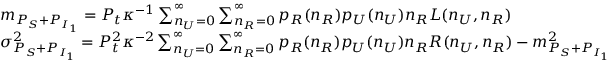
\begin{array} { r l } & { m _ { P _ { S } + P _ { I _ { 1 } } } = P _ { t } \kappa ^ { - 1 } \sum _ { n _ { U } = 0 } ^ { \infty } \sum _ { n _ { R } = 0 } ^ { \infty } p _ { R } ( n _ { R } ) p _ { U } ( n _ { U } ) n _ { R } L ( n _ { U } , n _ { R } ) } \\ & { \sigma _ { P _ { S } + P _ { I _ { 1 } } } ^ { 2 } = P _ { t } ^ { 2 } \kappa ^ { - 2 } \sum _ { n _ { U } = 0 } ^ { \infty } \sum _ { n _ { R } = 0 } ^ { \infty } p _ { R } ( n _ { R } ) p _ { U } ( n _ { U } ) n _ { R } R ( n _ { U } , n _ { R } ) - m _ { P _ { S } + P _ { I _ { 1 } } } ^ { 2 } } \end{array}